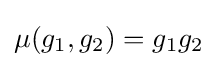
\mu (g_{1},g_{2})=g_{1}g_{2}